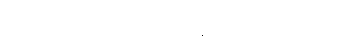
စိတ်လှုပ်ရှားစရာ ညနေ ဖြစ်မှာ အမှန်ပဲ။